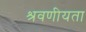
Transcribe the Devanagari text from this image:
श्रवणीयता